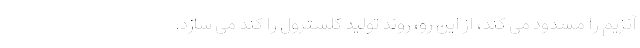
آنزیم را مسدود می کند، از این رو، روند تولید کلسترول را کند می سازد.